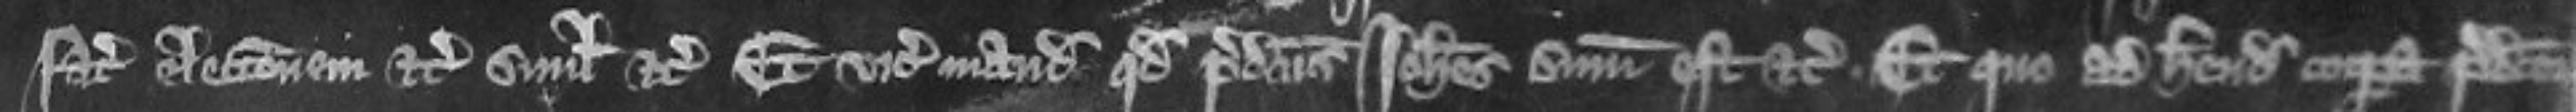
faciendam electionem etc simul etc Et vicecomes mandat quod predictus Johannes summonitus est etc et quo ad habenda corpora predictorum